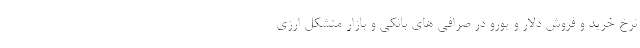
نرخ خرید و فروش دلار و یورو در صرافی های بانکی و بازار متشکل ارزی